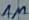
Text: 1M